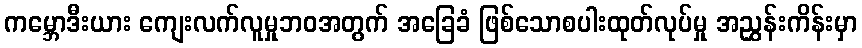
ကမ္ဘောဒီးယား ကျေးလက်လူမှုဘဝအတွက် အခြေခံ ဖြစ်သောစပါးထုတ်လုပ်မှု အညွှန်းကိန်းမှာ